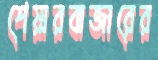
শেয়ারবাজারের